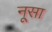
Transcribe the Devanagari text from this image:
नूसा